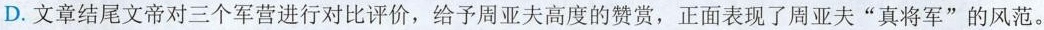
D.文章结尾文帝对三个军营进行对比评价，给予周亚夫高度的赞赏，正面表现了周亚夫”真将军”的风范。